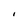
Character: I